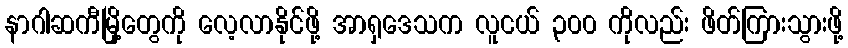
နာဂါဆကီမြို့တွေကို လေ့လာနိုင်ဖို့ အာရှဒေသက လူငယ် ၃၀၀ ကိုလည်း ဖိတ်ကြားသွားဖို့